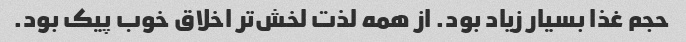
حجم غذا بسیار زیاد بود. از همه لذت لخش‌تر اخلاق خوب پیک بود.